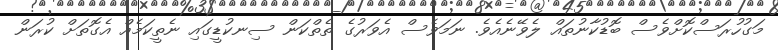
މަގުހުރަސްކޮށްވެސް ބޮޑުކާނުތައް ލެވޭނެއެވެ. ނަމަވެސް އެވަރުގެ ތެތްކަން ސިނކުޑީގައި ނެތީކަމެއް އެގޮތަށް ކުރަން